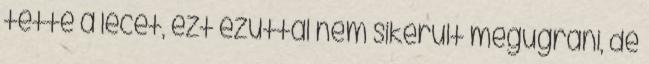
tette a lécet, ezt ezúttal nem sikerült megugrani, de